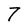
Character: 7